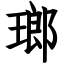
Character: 瑯